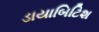
ડાયાબિટિશ